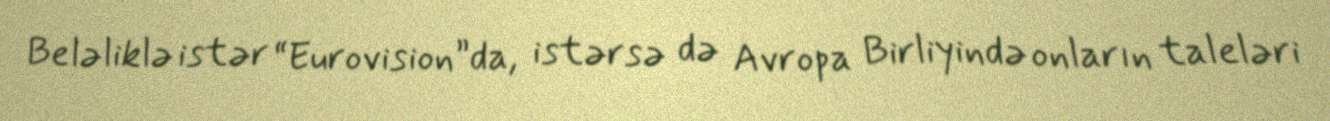
Beləliklə istər “Eurovision”da, istərsə də Avropa Birliyində onların taleləri